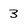
Character: 3